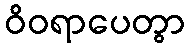
ဝိဝရာပေတွာ